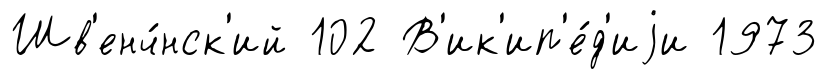
Шв'енч́нск'ий 102 В'ик'ип'е́д'иjи 1973